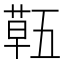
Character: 𮐌